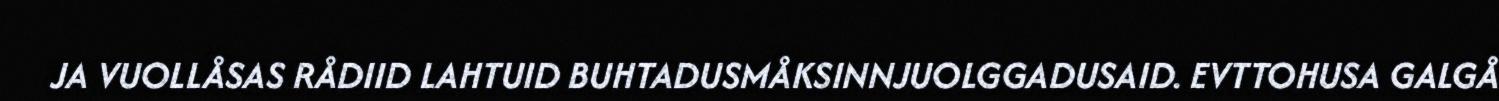
JA VUOLLÅSAS RÅDIID LAHTUID BUHTADUSMÅKSINNJUOLGGADUSAID. EVTTOHUSA GALGÅ